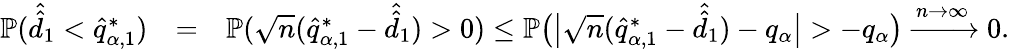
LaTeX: \begin{array}{rlr}{\mathbb{P}(\hat{\hat{d}}_{1}<\hat{q}_{\alpha,1}^{*})}&{=}&{\mathbb{P}(\sqrt{n}(\hat{q}_{\alpha,1}^{*}-\hat{\hat{d}}_{1})>0)\leq\mathbb{P}\big(\big|{\sqrt{n}(\hat{q}_{\alpha,1}^{*}-\hat{\hat{d}}_{1})-q_{\alpha}}\big|>-q_{\alpha}\big)\xrightarrow{n\to\infty}0.}\end{array}